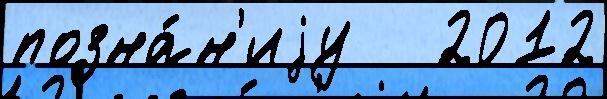
позна́н'иjу   2012